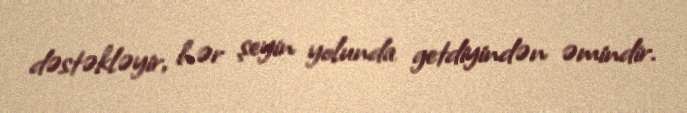
dəstəkləyir, hər şeyin yolunda getdiyindən əmindir.